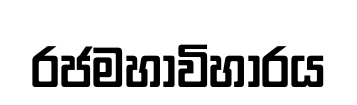
රජමහාවිහාරය